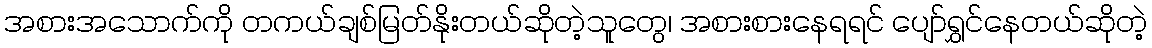
အစားအသောက်ကို တကယ်ချစ်မြတ်နိုးတယ်ဆိုတဲ့သူတွေ၊ အစားစားနေရရင် ပျော်ရွှင်နေတယ်ဆိုတဲ့